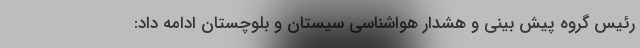
رئیس گروه پیش بینی و هشدار هواشناسی سیستان و بلوچستان ادامه داد: